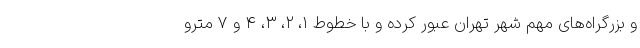
و بزرگراه‌های مهم شهر تهران عبور کرده و با خطوط ۱، ۲، ۳، ۴ و ۷ مترو